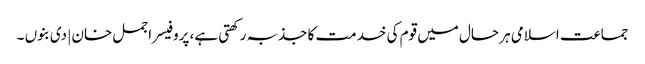
جماعت اسلامی ہر حال میں قوم کی خدمت کا جذبہ رکھتی ہے، پروفیسر اجمل خان | دی بنوں ۔